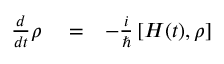
\begin{array} { r l r } { \frac { d } { d t } \rho } & { { } = } & { - \frac { i } { \hbar } \left[ H ( t ) , \rho \right] } \end{array}